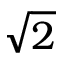
\sqrt { 2 }